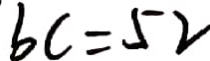
b c = 5 2